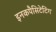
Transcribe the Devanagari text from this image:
इनकपैसिटेटिंग